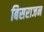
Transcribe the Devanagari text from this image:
बिसराजन